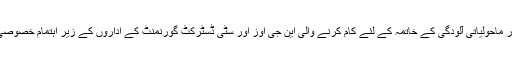
اس موقع پر محکمہ تحفظ ماحولیات حکومت پنجاب اور ماحولیاتی آلودگی کے خاتمہ کے لئے کام کرنے والی این جی اوز اور سٹی ڈسٹرکٹ گورنمنٹ کے اداروں کے زیر اہتمام خصوصی واکس ، سیمینارز ، کانفرنسز کا انعقاد کیا جائے گا ۔